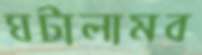
ঘটালামব